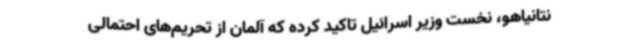
نتانیاهو، نخست وزیر اسرائیل تاکید کرده که آلمان از تحریم‌های احتمالی